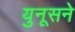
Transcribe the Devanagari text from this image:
युनूसने